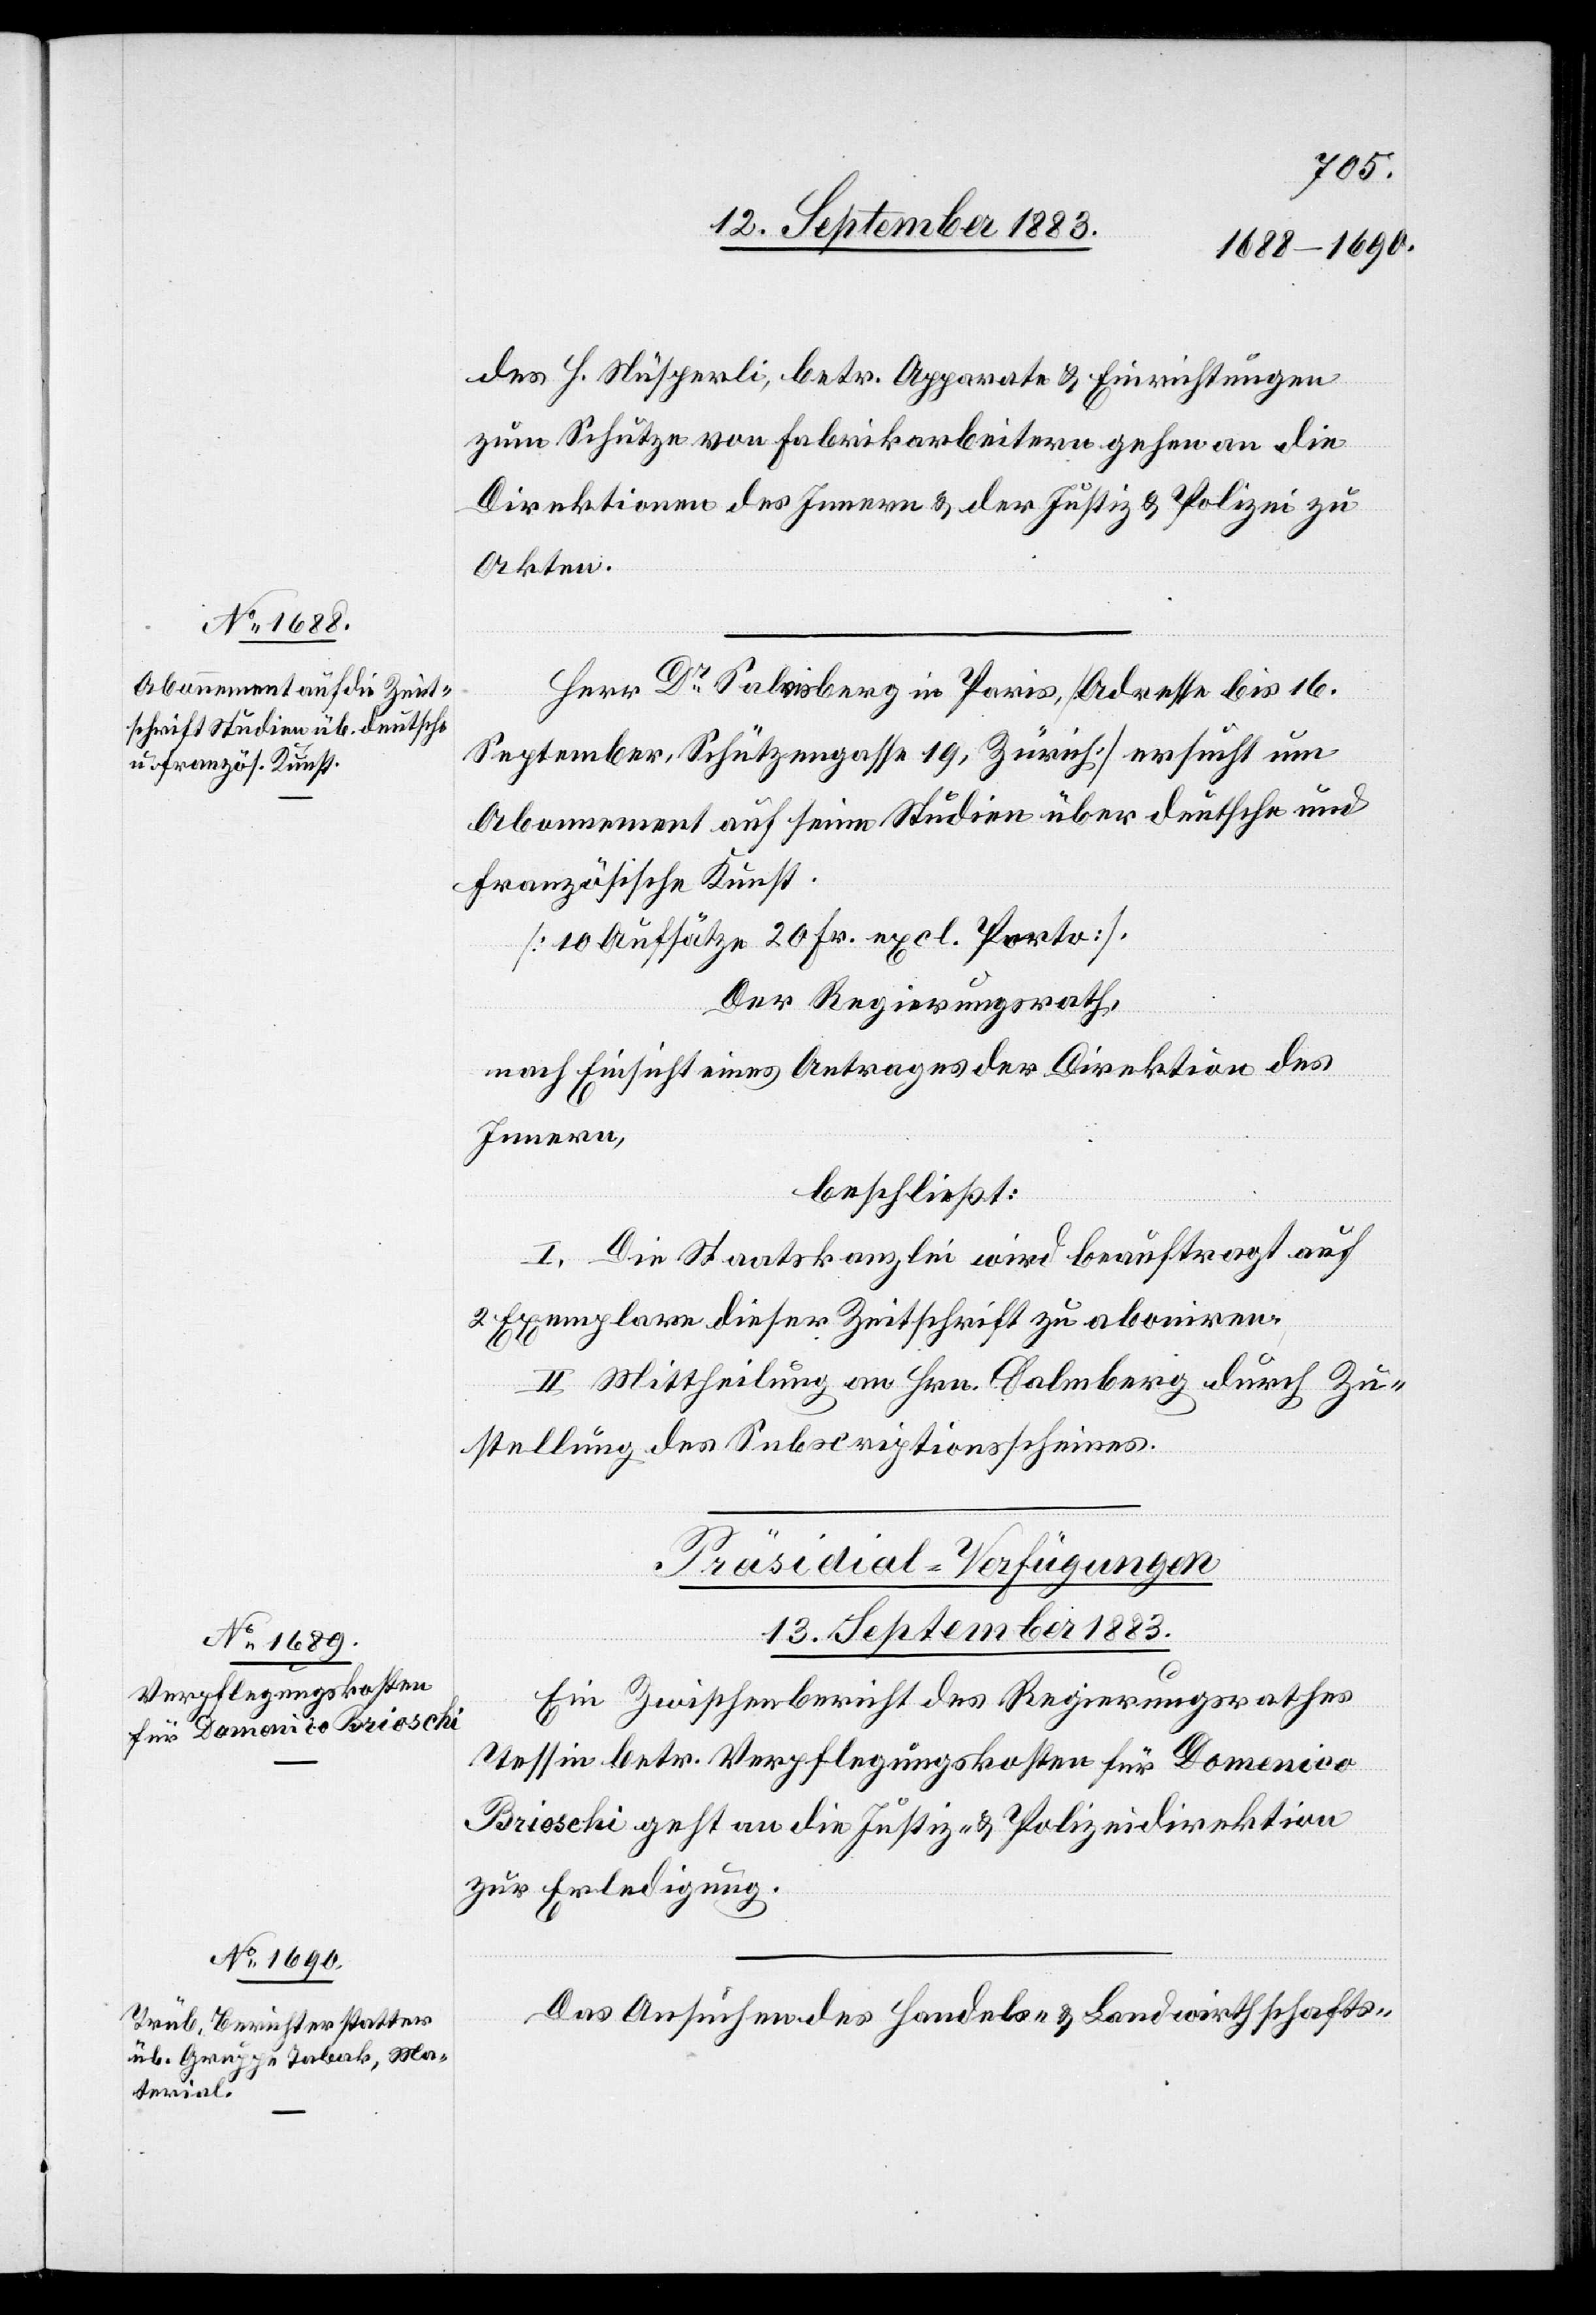
13. September 1883.]
des H. Nüsperli, betr. Apparate & Einrichtungen
zum Schutze von Fabrikarbeitern gehen an die
Direktion des Innern & der Justiz & Polizei zu
Akten.
Herr Dr Salvisberg in Paris [Adresse bis 16.
September, Schützengasse 19, Zürich] ersucht um
Abonnement auf seine Studien über deutsche und
französische Kunst.
[10 Aufsätze 20 Fr. excl. Porto].
Der Regierungsrath,
nach Einsicht eines Antrages der Direktion des
Innern,
beschließt:
I. Die Staatskanzlei wird beauftragt auf
2 Exemplare dieser Zeitschrift zu aboniren.
II. Mittheilung an Hrn. [?]almberg [sic!] durch Zu¬
stellung des Subscripotionsscheines.
[Präsidial-Verfügungen
Ein Zwischenbericht des Regierungsrathes
Tessin betr. Verpflegungskosten für Domenico
Brioschi geht an die Justiz- & Polizeidirektion
zur Erledigung.
Das Ansuchen des Handels- & Landwirthschafts-